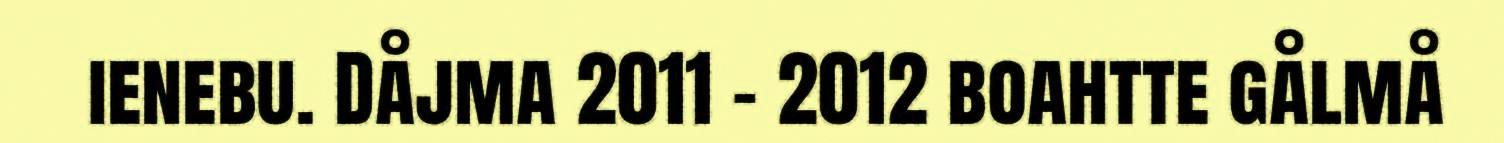
ienebu. Dåjma 2011 – 2012 boahtte gålmå